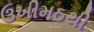
ઉખીમઠથી